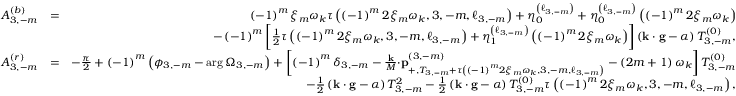
\begin{array} { r l r } { A _ { 3 , - m } ^ { \left( b \right) } } & { = } & { \left( - 1 \right) ^ { m } \xi _ { m } \omega _ { k } \tau \left( \left( - 1 \right) ^ { m } 2 \xi _ { m } \omega _ { k } , 3 , - m , \ell _ { 3 , - m } \right) + \eta _ { 0 } ^ { \left( \ell _ { 3 , - m } \right) } + \eta _ { 0 } ^ { \left( \ell _ { 3 , - m } \right) } \left( \left( - 1 \right) ^ { m } 2 \xi _ { m } \omega _ { k } \right) } \\ & { } & { - \left( - 1 \right) ^ { m } \left[ \frac { 1 } { 2 } \tau \left( \left( - 1 \right) ^ { m } 2 \xi _ { m } \omega _ { k } , 3 , - m , \ell _ { 3 , - m } \right) + \eta _ { 1 } ^ { \left( \ell _ { 3 , - m } \right) } \left( \left( - 1 \right) ^ { m } 2 \xi _ { m } \omega _ { k } \right) \right] \left( \mathbf { k \cdot g } - \alpha \right) T _ { 3 , - m } ^ { \left( 0 \right) } , } \\ { A _ { 3 , - m } ^ { \left( r \right) } } & { = } & { - \frac { \pi } { 2 } + \left( - 1 \right) ^ { m } \left( \phi _ { 3 , - m } - \arg \Omega _ { 3 , - m } \right) + \left[ \left( - 1 \right) ^ { m } \delta _ { 3 , - m } - \frac { \mathbf { k } } { M } \mathbf { \cdot p } _ { + , T _ { 3 , - m } + \tau \left( \left( - 1 \right) ^ { m } 2 \xi _ { m } \omega _ { k } , 3 , - m , \ell _ { 3 , - m } \right) } ^ { \left( 3 , - m \right) } - \left( 2 m + 1 \right) \omega _ { k } \right] T _ { 3 , - m } ^ { \left( 0 \right) } } \\ & { } & { - \frac { 1 } { 2 } \left( \mathbf { k \cdot g } - \alpha \right) T _ { 3 , - m } ^ { 2 } - \frac { 1 } { 2 } \left( \mathbf { k \cdot g } - \alpha \right) T _ { 3 , - m } ^ { \left( 0 \right) } \tau \left( \left( - 1 \right) ^ { m } 2 \xi _ { m } \omega _ { k } , 3 , - m , \ell _ { 3 , - m } \right) , } \end{array}